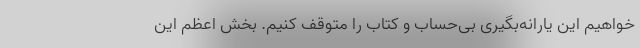
خواهیم این یارانه‌بگیری بی‌حساب و کتاب را متوقف کنیم. بخش اعظم این